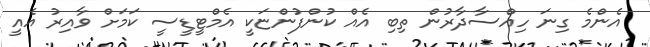
އެންމެ ގިނަ ހިއްސާދާރުން ތިބި އެއް ކުންފުންޏަކީ އެމްޓީޑީސީ ކަމަށް ވާއިރު އެއީ